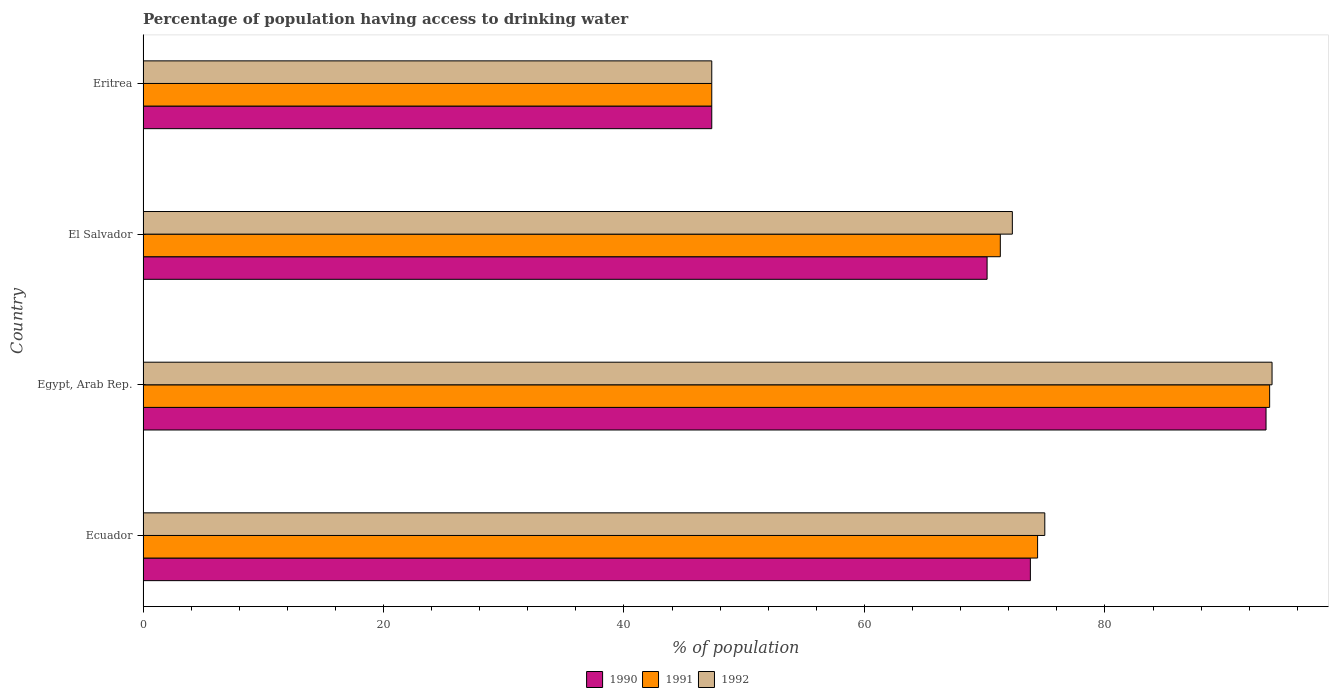
| Country | 1990 | 1991 | 1992 |
 | --- | --- | --- | --- |
 | Ecuador | 73.8 | 74.4 | 75 |
 | Egypt, Arab Rep. | 93.4 | 93.7 | 93.9 |
 | El Salvador | 70.2 | 71.3 | 72.3 |
 | Eritrea | 47.3 | 47.3 | 47.3 |